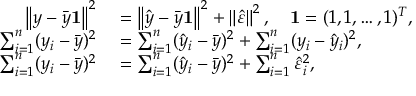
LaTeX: \begin{array} { r l } { \left\| y - { \bar { y } } \mathbf { 1 } \right\| ^ { 2 } } & { { } = \left\| { \hat { y } } - { \bar { y } } \mathbf { 1 } \right\| ^ { 2 } + \left\| { \hat { \varepsilon } } \right\| ^ { 2 } , \quad \mathbf { 1 } = ( 1 , 1 , \ldots , 1 ) ^ { T } , } \\ { \sum _ { i = 1 } ^ { n } ( y _ { i } - { \bar { y } } ) ^ { 2 } } & { { } = \sum _ { i = 1 } ^ { n } ( { \hat { y } } _ { i } - { \bar { y } } ) ^ { 2 } + \sum _ { i = 1 } ^ { n } ( y _ { i } - { \hat { y } } _ { i } ) ^ { 2 } , } \\ { \sum _ { i = 1 } ^ { n } ( y _ { i } - { \bar { y } } ) ^ { 2 } } & { { } = \sum _ { i = 1 } ^ { n } ( { \hat { y } } _ { i } - { \bar { y } } ) ^ { 2 } + \sum _ { i = 1 } ^ { n } { \hat { \varepsilon } } _ { i } ^ { 2 } , } \end{array}